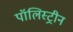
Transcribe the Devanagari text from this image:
पॉलिस्ट्रीन